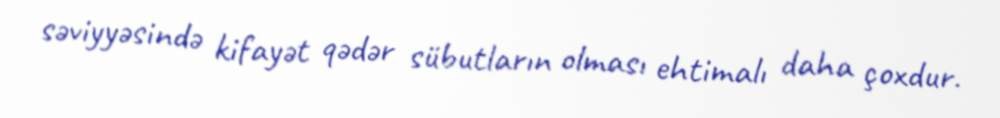
səviyyəsində kifayət qədər sübutların olması ehtimalı daha çoxdur.